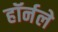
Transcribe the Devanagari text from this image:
हॉर्नले